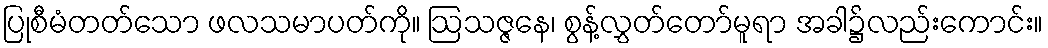
ပြုစီမံတတ်သော ဖလသမာပတ်ကို။ ဩသဇ္ဇနေ၊ စွန့်လွှတ်တော်မူရာ အခါ၌လည်းကောင်း။